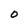
Character: 0